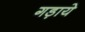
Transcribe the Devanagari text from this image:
गड़ाये